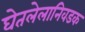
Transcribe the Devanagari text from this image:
घेतलेलानिवडक